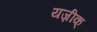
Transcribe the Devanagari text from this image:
यज़ीक्